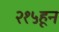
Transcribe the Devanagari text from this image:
२१५हून